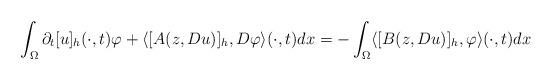
LaTeX: \begin{align*}\int_{\Omega}\partial_t[u]_h(\cdot,t) \varphi + \langle [A(z,Du)]_h,D\varphi\rangle(\cdot,t) dx=-\int_{\Omega}\langle[B(z,Du)]_h,\varphi\rangle (\cdot,t) dx\end{align*}